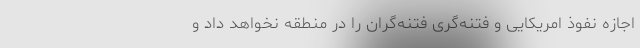
اجازه نفوذ امریکایی و فتنه‌گری فتنه‌گران را در منطقه نخواهد داد و